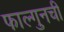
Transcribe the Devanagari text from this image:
फाल्गुनची